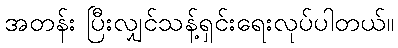
အတန်း ပြီးလျှင်သန့်ရှင်းရေးလုပ်ပါတယ်။